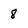
Character: 8